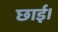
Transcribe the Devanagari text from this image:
छाई।